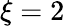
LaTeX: \xi=2